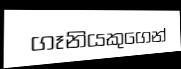
ගෑනියකුගෙන්